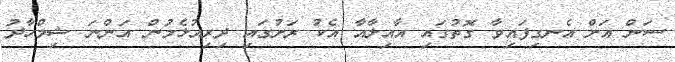
ސަން އަށް އެނގިފައިވާ ގޮތުގައި އާއިލާއާ އެކު ރަށުގައި ދިރިއުޅެމުން އަންނަ ޝިމްހާދު